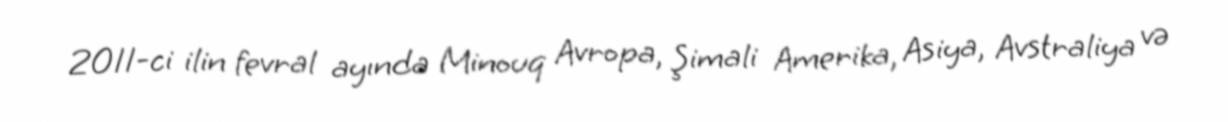
2011-ci ilin fevral ayında Minouq Avropa, Şimali Amerika, Asiya, Avstraliya və